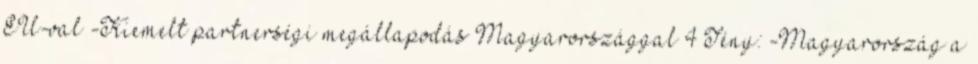
EU-val -Kiemelt partnerségi megállapodás Magyarországgal 4 Tény: -Magyarország a